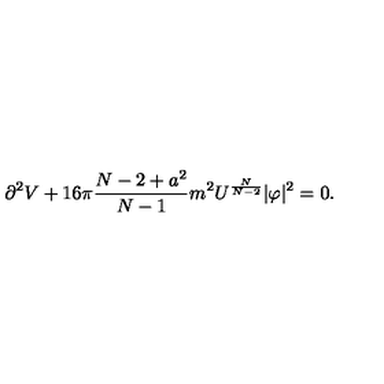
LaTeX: \partial ^ { 2 } V + 1 6 \pi \frac { N - 2 + a ^ { 2 } } { N - 1 } m ^ { 2 } U ^ { \frac { N } { N - 2 } } | \varphi | ^ { 2 } = 0 .